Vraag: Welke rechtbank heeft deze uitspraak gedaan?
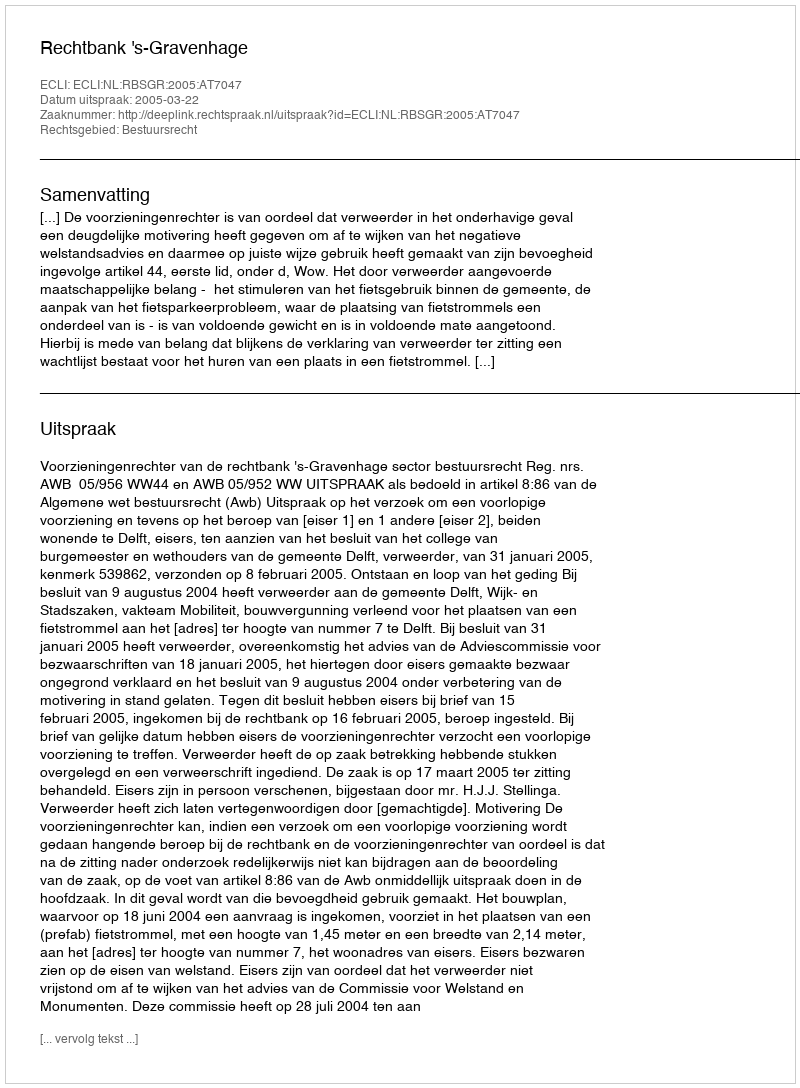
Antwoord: Rechtbank 's-Gravenhage